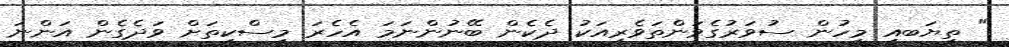
" ތިޔަބއި މީހުން ސުވަރުގެވަންތަވެރިއަކު ދެކެން ބޭނުންނަމަ އެހެރަ މިސްކިތަށް ވަދެގެން އަންނަ